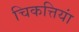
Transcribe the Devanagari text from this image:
चिकत्तियां